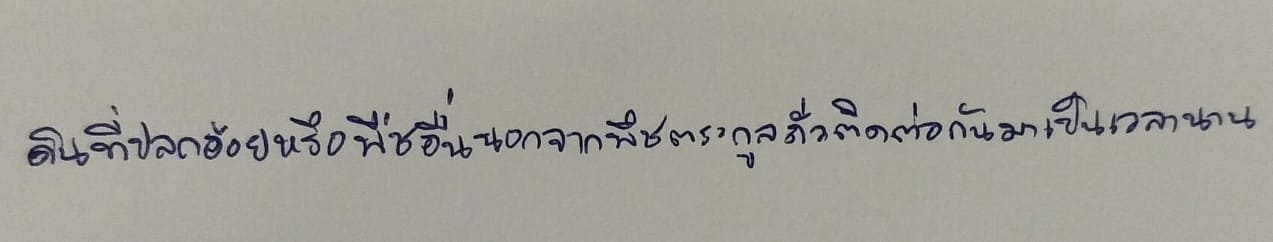
ดินที่ปลูกอ้อยหรือพืชอื่นนอกจากพืชตระกูลถั่วติดต่อกันมาเป็นเวลานาน